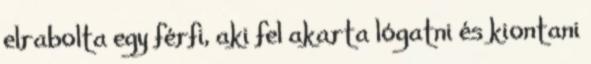
elrabolta egy férfi, aki fel akarta lógatni és kiontani